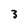
Character: 3